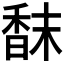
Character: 𩠿